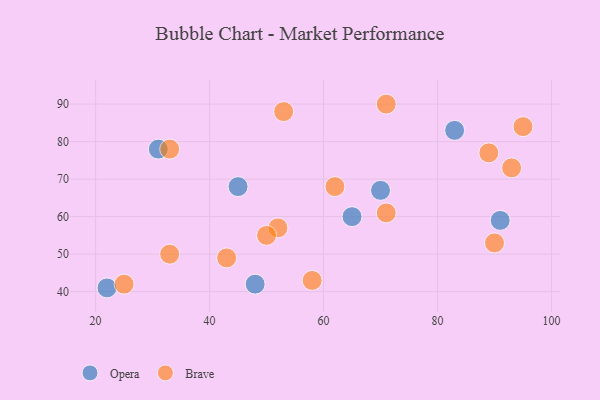
{"axis": {"x": "GDP", "y": "Life Expectancy"}, "legend": ["Brave", "Opera"], "data": [{"x": "22", "y": 41, "type": "Opera"}, {"x": "91", "y": 59, "type": "Opera"}, {"x": "70", "y": 67, "type": "Opera"}, {"x": "31", "y": 78, "type": "Opera"}, {"x": "45", "y": 68, "type": "Opera"}, {"x": "83", "y": 83, "type": "Opera"}, {"x": "48", "y": 42, "type": "Opera"}, {"x": "65", "y": 60, "type": "Opera"}, {"x": "52", "y": 57, "type": "Brave"}, {"x": "71", "y": 90, "type": "Brave"}, {"x": "50", "y": 55, "type": "Brave"}, {"x": "33", "y": 50, "type": "Brave"}, {"x": "58", "y": 43, "type": "Brave"}, {"x": "95", "y": 84, "type": "Brave"}, {"x": "71", "y": 61, "type": "Brave"}, {"x": "89", "y": 77, "type": "Brave"}, {"x": "43", "y": 49, "type": "Brave"}, {"x": "53", "y": 88, "type": "Brave"}, {"x": "90", "y": 53, "type": "Brave"}, {"x": "33", "y": 78, "type": "Brave"}, {"x": "25", "y": 42, "type": "Brave"}, {"x": "93", "y": 73, "type": "Brave"}, {"x": "62", "y": 68, "type": "Brave"}]}